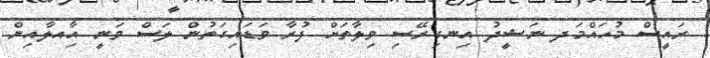
ރައީސް މުހައްމަދ ނަޝީދު އިނގިރޭސި ވިލާތަށް ފުރާ ވަޑައިގަތުން ލަސް ވަނީ އާިއލާއިން